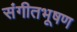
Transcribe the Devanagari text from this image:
संगीतभूषण